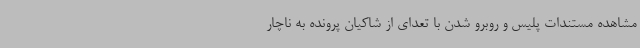
مشاهده مستندات پلیس و روبرو شدن با تعدای از شاکیان پرونده به ناچار